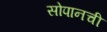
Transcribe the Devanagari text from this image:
सोपानची